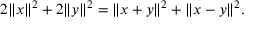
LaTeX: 2 \| x \| ^ { 2 } + 2 \| y \| ^ { 2 } = \| x + y \| ^ { 2 } + \| x - y \| ^ { 2 } .